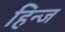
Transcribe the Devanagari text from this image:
हिन्ज